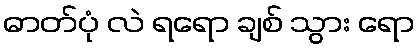
ဓာတ်ပုံ လဲ ရရော ချစ် သွား ရော